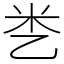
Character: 㐘